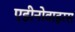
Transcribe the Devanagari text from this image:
एडीनोवाइरस